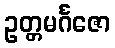
ဥတ္တမင်္ဂဇော